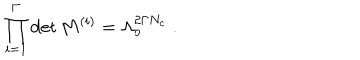
\prod _ { i = 1 } ^ { \Gamma } \det M ^ { ( i ) } = \Lambda _ { o } ^ { 2 \Gamma N _ { c } } \; .